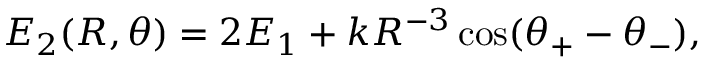
E _ { 2 } ( R , \theta ) = 2 E _ { 1 } + k R ^ { - 3 } \cos ( \theta _ { + } - \theta _ { - } ) ,